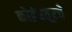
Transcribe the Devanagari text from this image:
कोइंबतूरचे